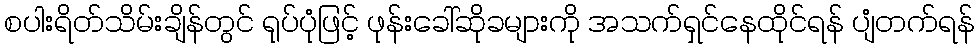
စပါးရိတ်သိမ်းချိန်တွင် ရုပ်ပုံဖြင့် ဖုန်းခေါ်ဆိုခများကို အသက်ရှင်နေထိုင်ရန် ပျံတက်ရန်